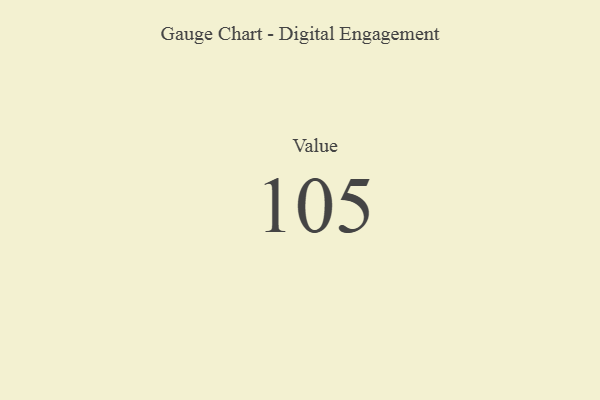
{"axis": {"x": "Metric", "y": "Value"}, "legend": [""], "data": [{"x": "Value", "y": 105, "type": ""}]}